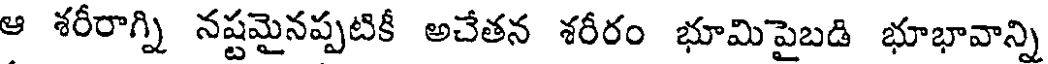
ఆ శరీరాగ్ని నష్టమైనప్పటికీ అచేతన శరీరం భూమిపైబడి భూభావాన్ని